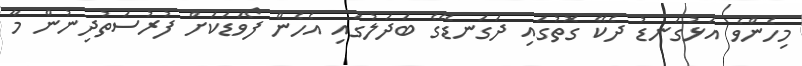
މިހެންވެ އަޅުގަނޑު ދެކޭ ގޮތުގައި ދަގަނޑޭގެ ބަދަލުގައި އެހެން ފޯވަޑަކަށް ފުރުސަތުދިނުން މާ